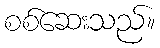
စစ်ဆေးသည်။